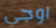
اوجي